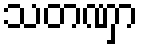
သတဏှာ